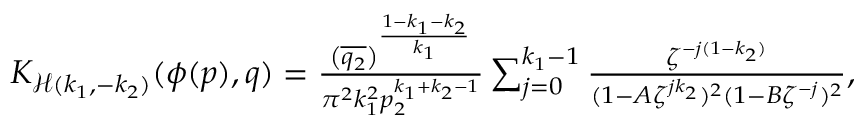
\begin{array} { r } { K _ { \mathcal { H } ( k _ { 1 } , - k _ { 2 } ) } ( \phi ( p ) , q ) = \frac { \left( \overline { { q _ { 2 } } } \right) ^ { \frac { 1 - k _ { 1 } - k _ { 2 } } { k _ { 1 } } } } { \pi ^ { 2 } k _ { 1 } ^ { 2 } p _ { 2 } ^ { k _ { 1 } + k _ { 2 } - 1 } } \sum _ { j = 0 } ^ { k _ { 1 } - 1 } \frac { \zeta ^ { - j ( 1 - k _ { 2 } ) } } { ( 1 - A \zeta ^ { j k _ { 2 } } ) ^ { 2 } ( 1 - B \zeta ^ { - j } ) ^ { 2 } } , } \end{array}